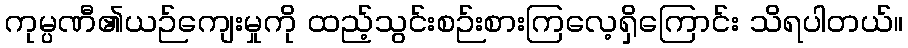
ကုမ္ပဏီ၏ယဉ်ကျေးမှုကို ထည့်သွင်းစဉ်းစားကြလေ့ရှိကြောင်း သိရပါတယ်။